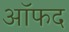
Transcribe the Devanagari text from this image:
ऑफद